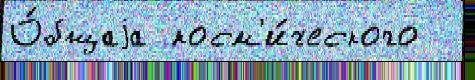
О́бщаjа косм'и́ческого